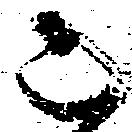
被